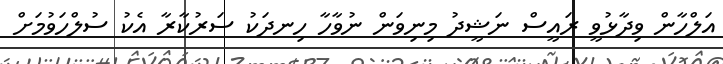
އަލްހާން ވިދާޅުވީ ރައީސް ނަޝީދު މިނިވަން ނުވާހާ ހިނދަކު ސަރުކާރާ އެކު ސުލްހަވުމަށް